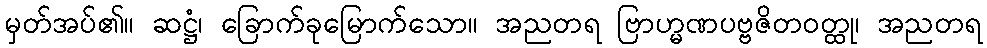
မှတ်အပ်၏။ ဆဋ္ဌံ၊ ခြောက်ခုမြောက်သော။ အညတရ ဗြာဟ္မဏပဗ္ဗဇိတဝတ္ထု၊ အညတရ